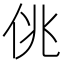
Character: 佻